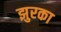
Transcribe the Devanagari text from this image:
झुरका